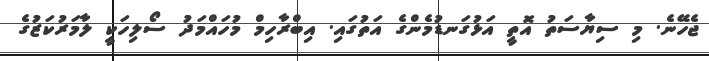
ޖެހޭނެ. މި ސިޔާސަތު އޮތީ އަޅުގަނޑުމެންގެ އަތުގައި. އިބްރާހިމް މުހައްމަދު ސޯލިހަކީ ލާމަރުކަޒުގެ